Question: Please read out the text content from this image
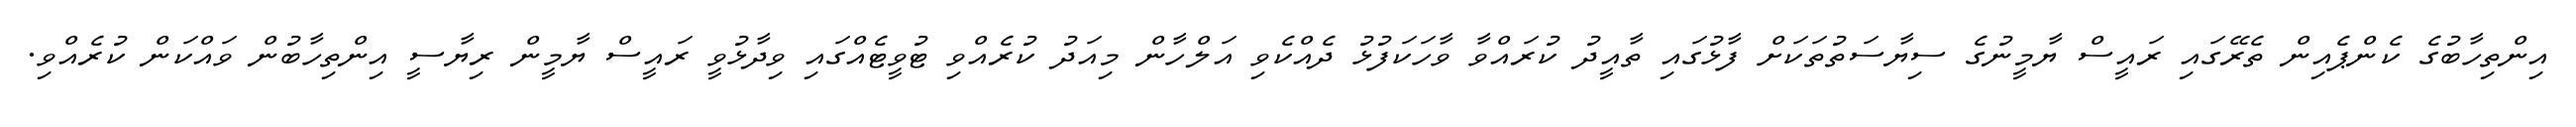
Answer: އިންތިހާބުގެ ކެންޕެއިން ތެރޭގައި ރައީސް ޔާމީނުގެ ސިޔާސަތުތަކަށް ފާޅުގައި ތާއީދު ކުރައްވާ ވާހަކަފުޅު ދެއްކެވި އަލްހާން މިއަދު ކުރެއްވި ޓުވީޓެއްގައި ވިދާޅުވީ ރައީސް ޔާމީން ރިޔާސީ އިންތިހާބުން ވައްކަން ކުރެއްވި.